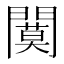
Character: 𫔩